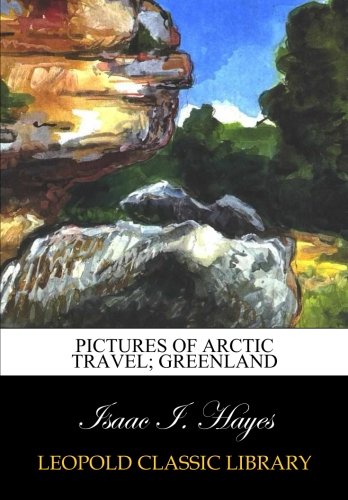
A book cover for Pictures of Arctic travel; Greenland; Isaac I. Hayes; Travel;